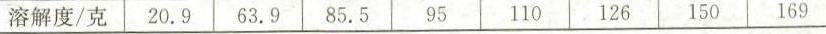
溶解度/克 20.9 63.9 85.5 95 110 126 150 169